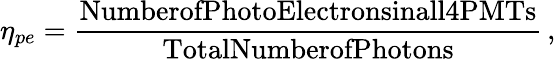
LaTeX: \eta_{pe}=\frac{\textrm{NumberofPhotoElectronsinall4PMTs}}{\textrm{TotalNumberofPhotons}}\, ,